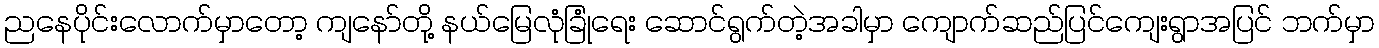
ညနေပိုင်းလောက်မှာတော့ ကျနော်တို့ နယ်မြေလုံခြုံရေး ဆောင်ရွက်တဲ့အခါမှာ ကျောက်ဆည်ပြင်ကျေးရွာအပြင် ဘက်မှာ